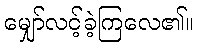
မျှော်လင့်ခဲ့ကြလေ၏။